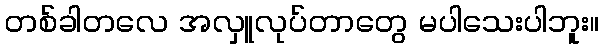
တစ်ခါတလေ အလှူလုပ်တာတွေ မပါသေးပါဘူး။